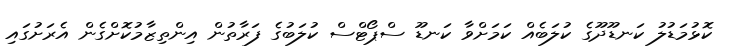
ކޮޅުމަޑުލު ކަނޑޫދޫގެ ކުލަބެއް ކަމަށްވާ ކަނޑޫ ސްޕޯޓްސް ކުލަބުގެ ފަރާތުން އިންތިޒާމުކޮށްގެން އެރަށުގައި